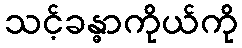
သင့်ခန္ဓာကိုယ်ကို